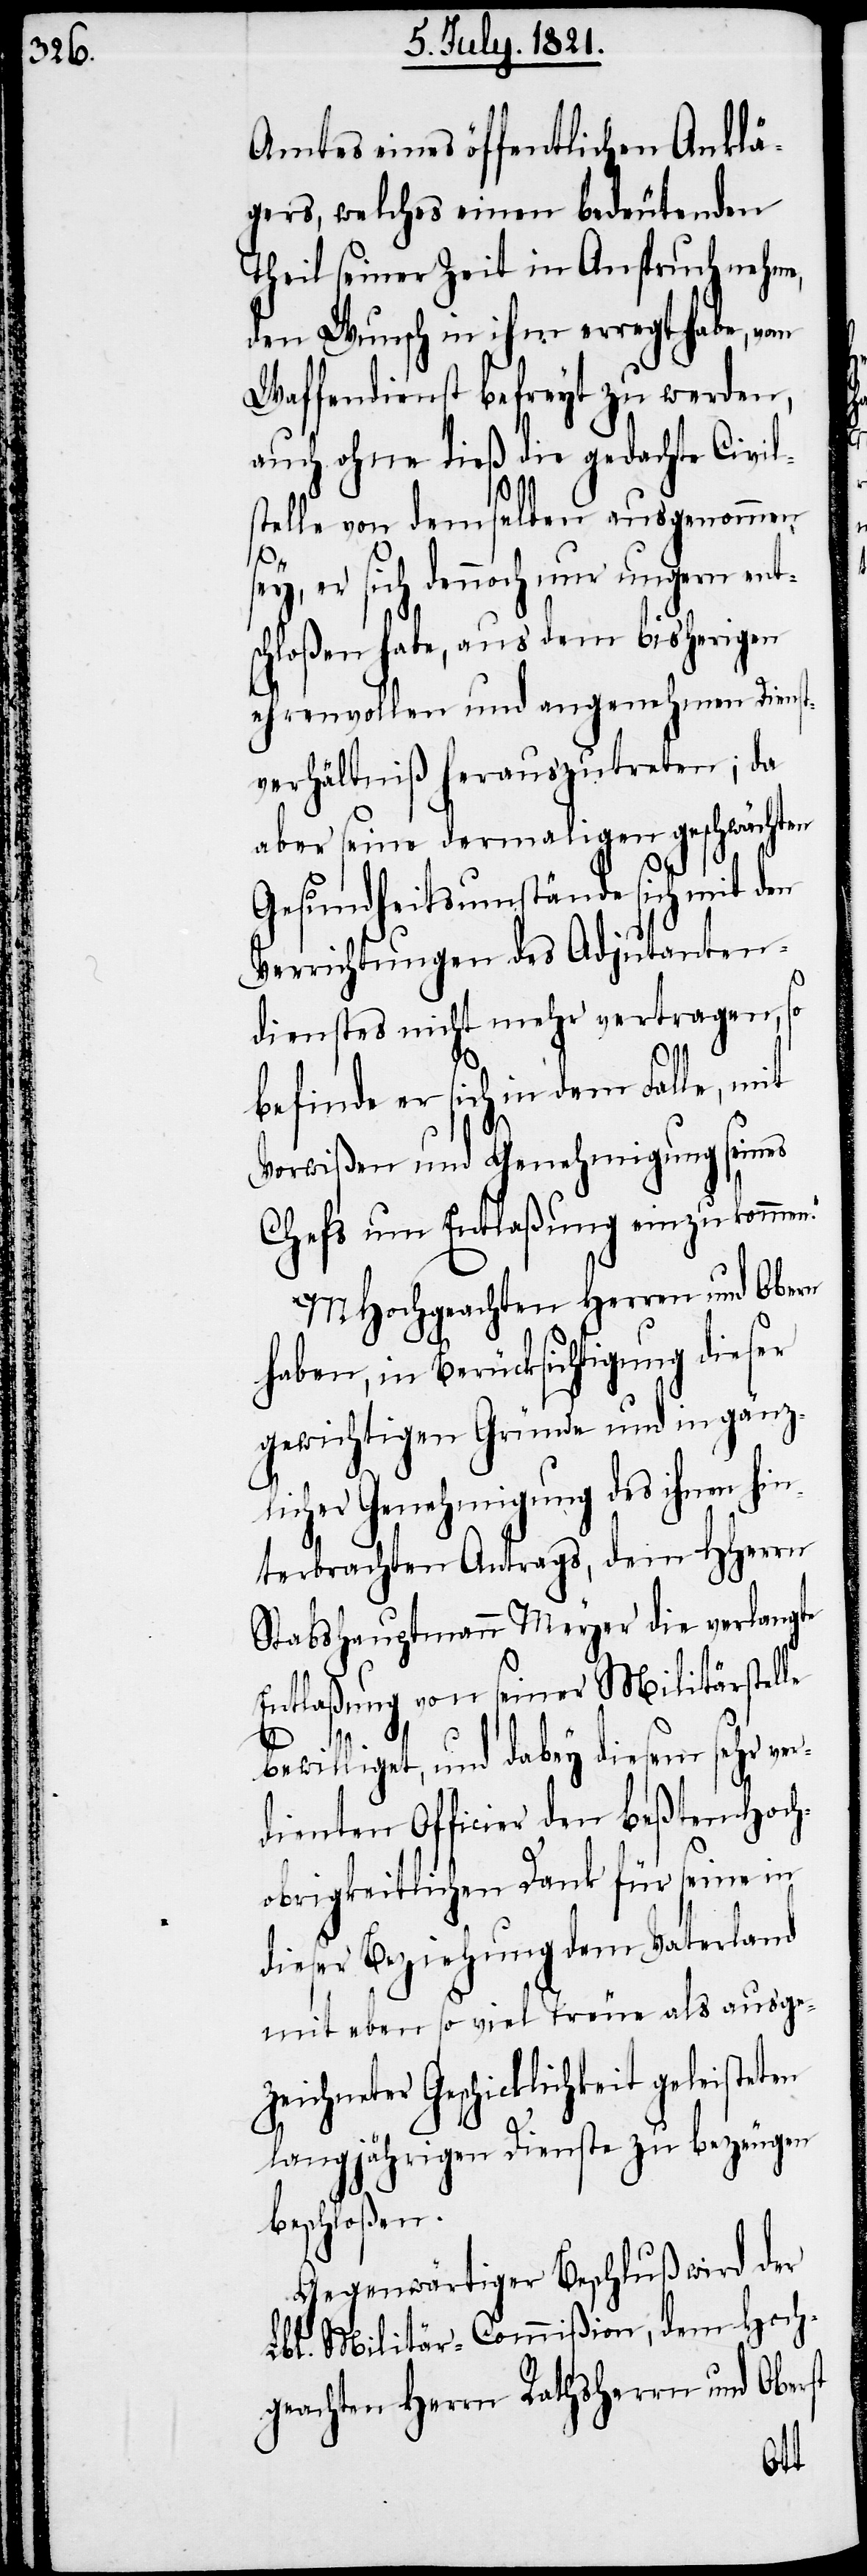
Amtes eines öffentlichen Anklä¬
gers, welches einen bedeutenden
Theil seiner Zeit in Anspruch nehme,
den Wunsch in ihm erregt habe, vom
Waffendienst befreyt zu werden,
auch ohne dieß die gedachte Civil¬
n.“
stelle von demselben ausgenommen
sey, er sich dennoch nur ungern ent¬
schloßen habe, aus dem bisherigen
ehrenvollen und angenehmen Dienst¬
verhältniß herauszutreten; da
aber seine dermaligen geschwächten
Gesundheitsumstände sich mit den
Verrichtungen des Adjutanten¬
dienstes nicht mehr vertragen, so
befinde er sich in dem Falle, mit
Vorwißen und Genehmigung seines
Chefs um Entlaßung einzukomme¬
MHochgeachten Herren und Obern
haben, in Berücksichtigung dieser
gewichtigen Gründe und in gänz¬
licher Genehmigung des ihnen hi¬
nterbrachten Antrags, dem HHerrn
Stabshauptmann Meyer die verlangte
Entlaßung von seiner Militärstelle
bewilliget, und dabey diesem sehr
dienten Officier den Beßten Hoch¬
obrigkeitlichen Dank für seine in
dieser Beziehung dem Vaterland
mit eben so viel Treue als ausge¬
zeichneter Geschicklichkeit geleisteten
langjährigen Dienste zu bezeugen
beschloßen.
Gegenwärtiger Beschluß wird der
Lbl. Militär-Commißion, dem Hoch¬
geachten Herrn Rathsherrn und Oberst
ver¬